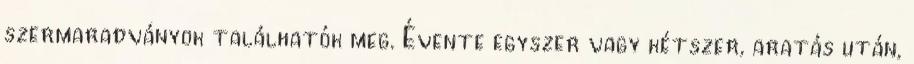
szermaradványok találhatók meg. Évente egyszer vagy kétszer, aratás után,